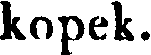
kopek.